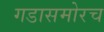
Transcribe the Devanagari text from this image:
गडासमोरच